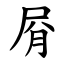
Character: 㞕